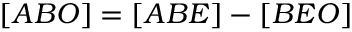
[ A B O ] = [ A B E ] - [ B E O ]